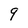
Character: 9